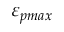
\varepsilon _ { p m a x }